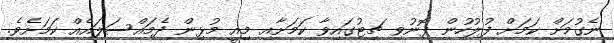
ނެގުމަށް ކަމަށް ފުލުހުން ފޮނުވި ޗިޓުގައިވާ ކަމަށާއި މިއީ މުޅިން ދެމައްސަލައެއް ކަމަށެވެ.